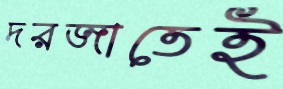
দরজাতেই